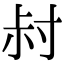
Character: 𡬧